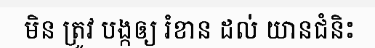
មិន ត្រូវ បង្កឲ្យ រំខាន ដល់ យានជំនិះ